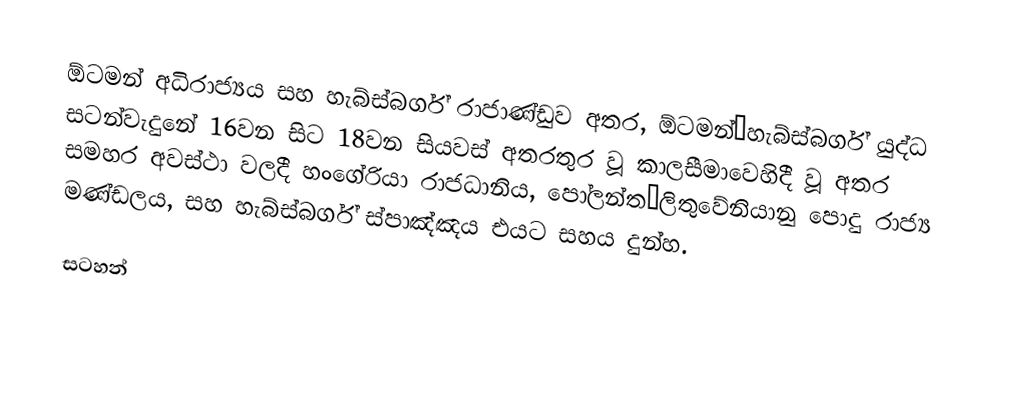
ඕටමන් අධිරාජ්‍යය සහ හැබ්ස්බර්ග් රාජාණ්ඩුව අතර, ඕටමන්–හැබ්ස්බර්ග් යුද්ධ සටන්වැදුනේ 16වන සිට 18වන සියවස් අතරතුර වූ කාලසීමාවෙහිදී වූ  අතර සමහර අවස්ථා වලදී හංගේරියා රාජධානිය, පෝලන්ත–ලිතුවේනියානු පොදු රාජ්‍ය මණ්ඩලය, සහ හැබ්ස්බර්ග් ස්පාඤ්ඤය එයට සහය දුන්හ.

සටහන්